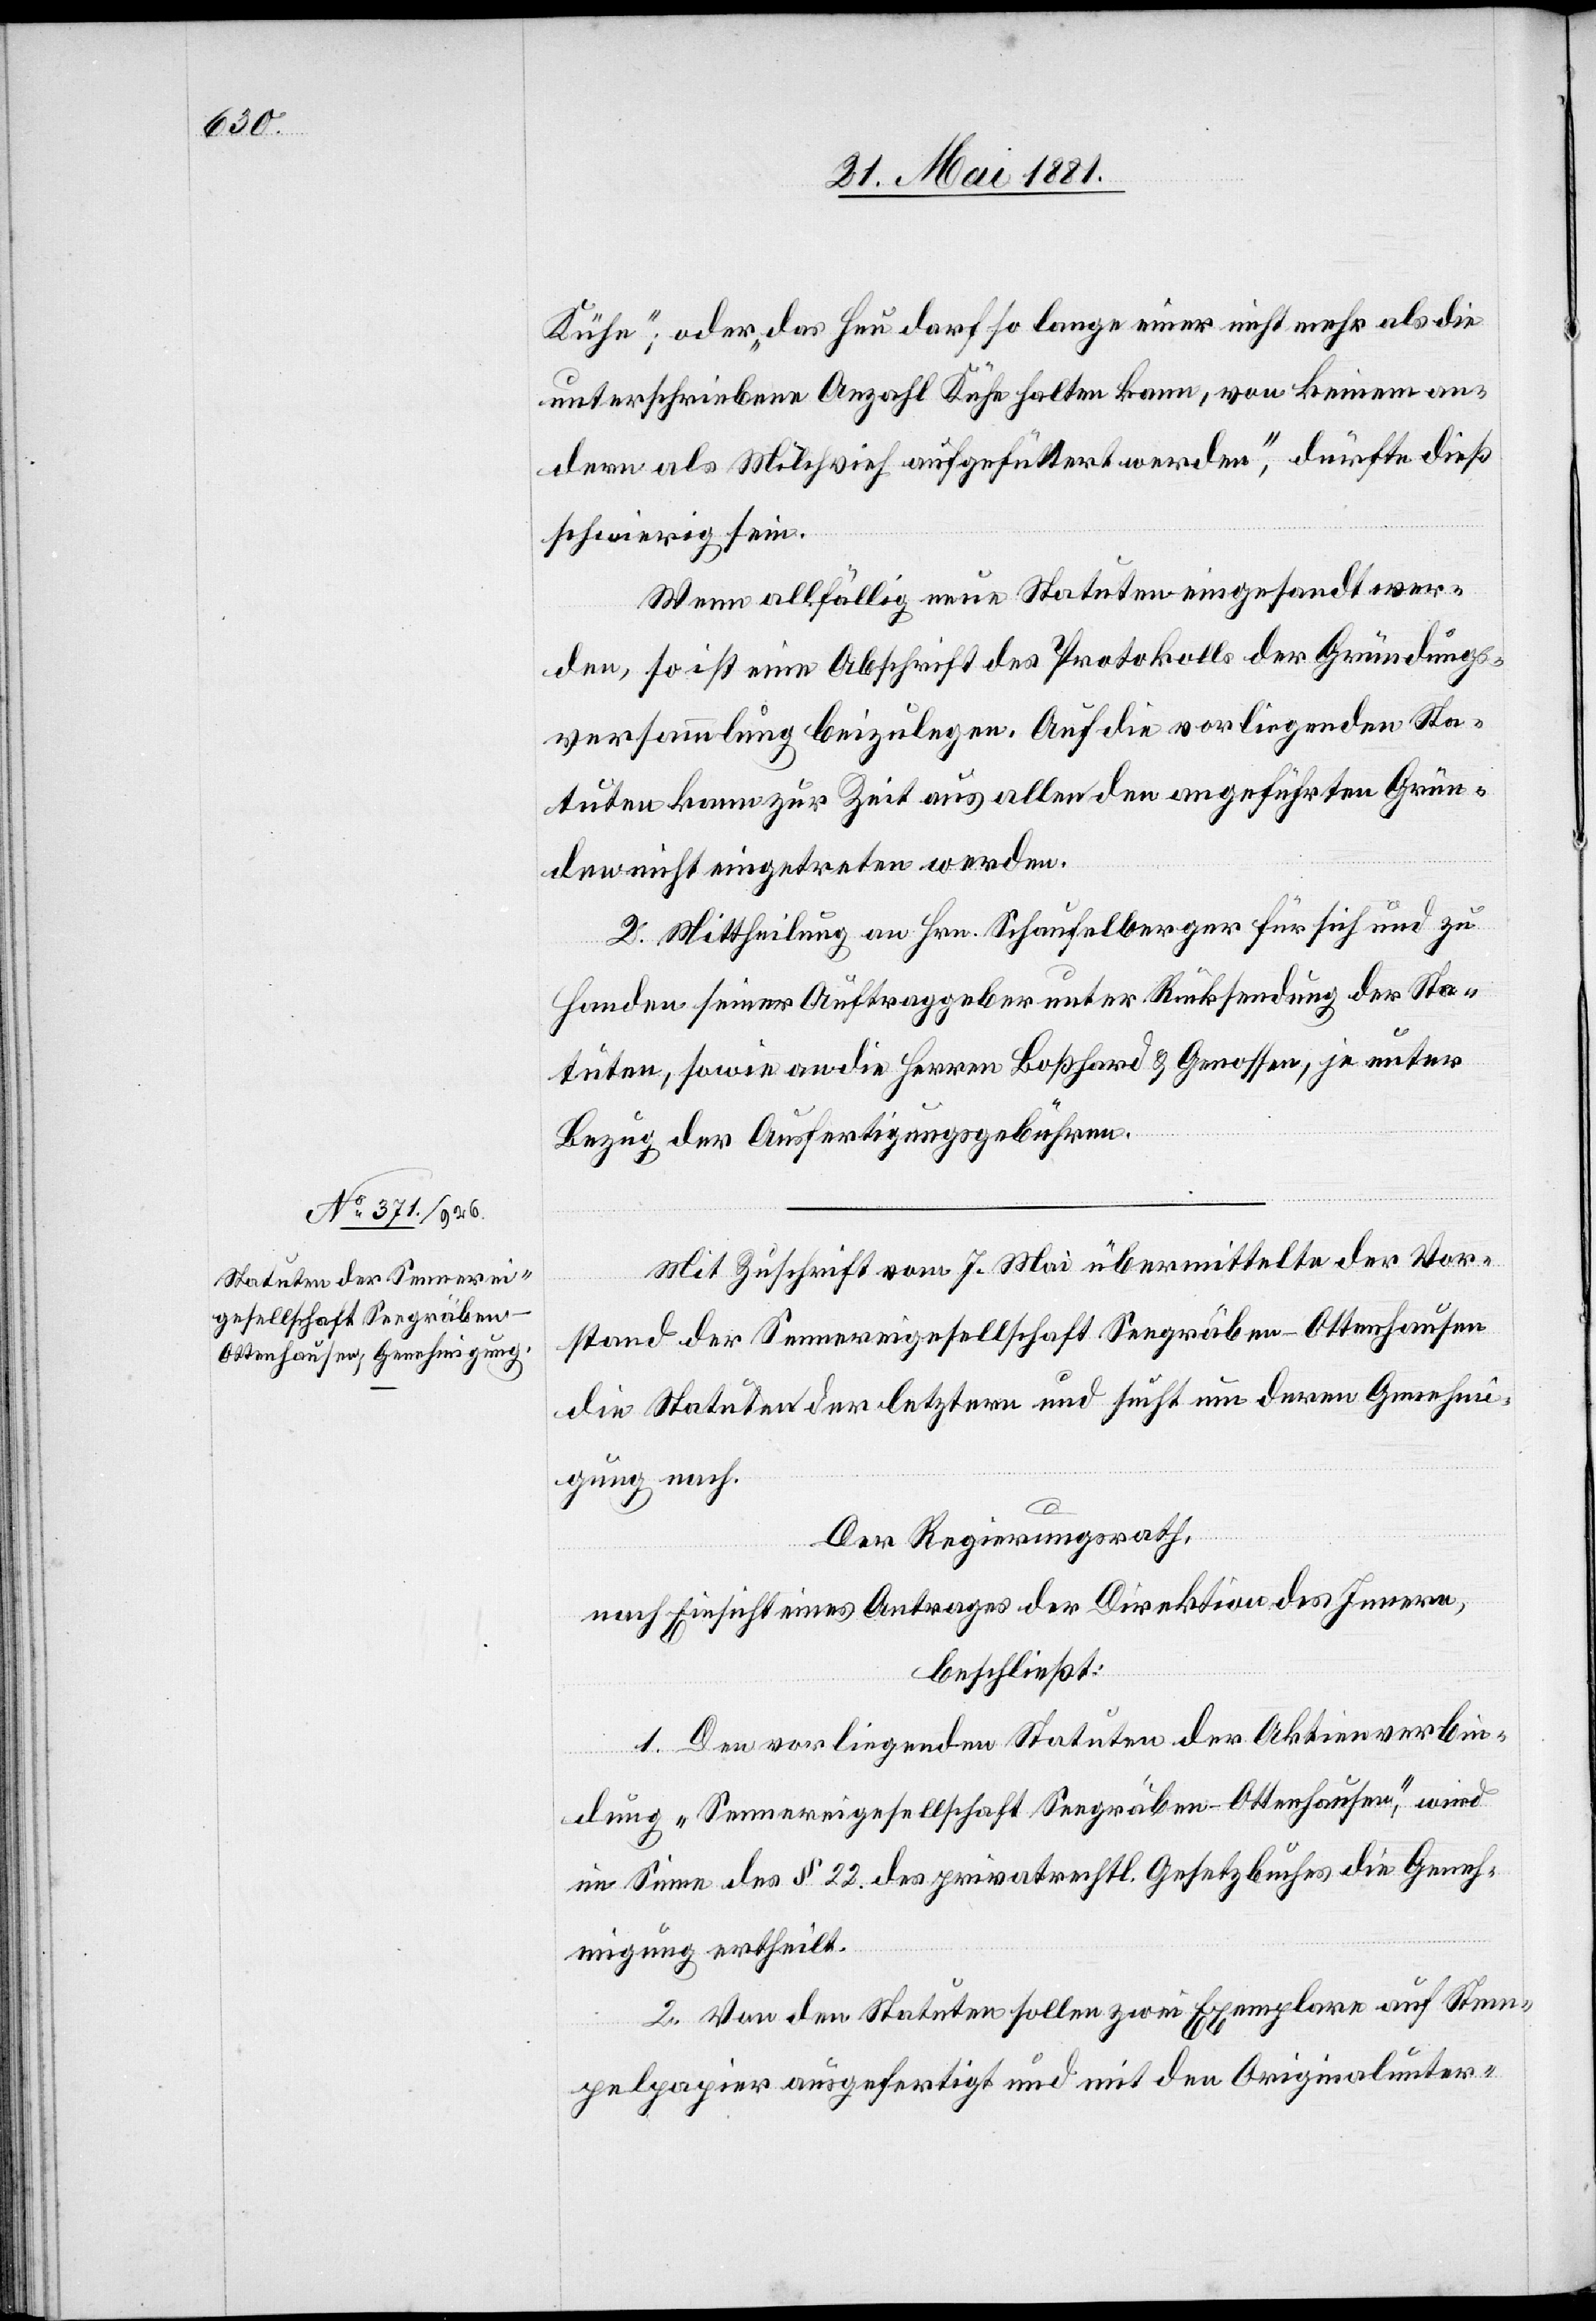
Mit Zuschrift vom 7. Mai übermittelte der Vor¬
stand der Sennereigesellschaft Seegräben - Ottenhausen
die Statuten der letztern und sucht um deren Genehmi¬
gung nach.
Der Regierungsrath,
nach Einsicht eines Antrages der Direktion des Innern,
beschließt:
1. Den vorliegenden Statuten der Aktienverbin¬
dung „Sennereigesellschaft Seegräben - Ottenhausen“, wird
im Sinne des § 22 des privatrechtlichen Gesetzbuches die Geneh¬
migung ertheilt.
2. Von den Statuten sollen zwei Exemplare auf Stem¬
pelpapier ausgefertigt und mit den Originalunter-